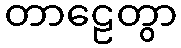
တာဠေတွာ